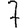
Digit: 7